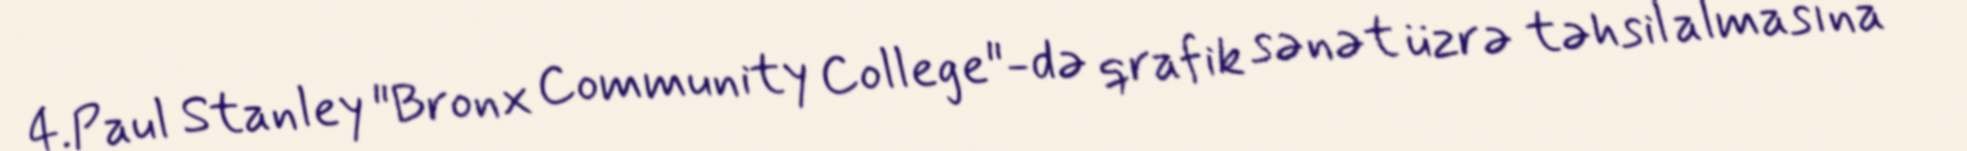
4.Paul Stanley "Bronx Community College"-də qrafik sənət üzrə təhsil almasına